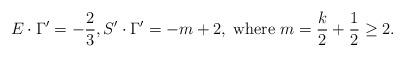
LaTeX: \begin{align*} E\cdot \Gamma^\prime = -\frac{2}{3}, S^\prime \cdot \Gamma^\prime =-m+2, \; \text{where $m=\frac{k}{2}+\frac{1}{2}\geq 2$.} \end{align*}